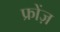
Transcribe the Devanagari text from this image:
फ्रोंज़